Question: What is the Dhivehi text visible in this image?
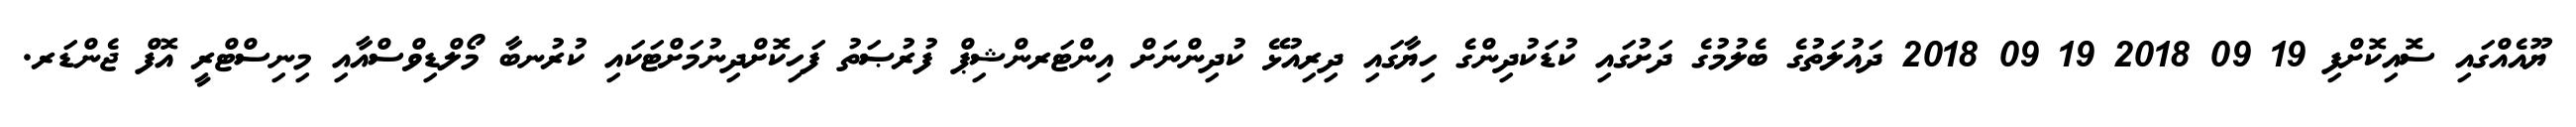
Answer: ޔޫއެއްގައި ސޮއިކޮށްފި 19 09 2018 19 09 2018 ދައުލަތުގެ ބެލުމުގެ ދަށުގައި ކުޑަކުދިންގެ ހިޔާގައި ދިރިއުޅޭ ކުދިންނަށް އިންޓަރންޝިޕް ފުރުޞަތު ފަހިކޮށްދިނުމަށްޓަކައި ކުރުނބާ މޯލްޑިވްސްއާއި މިނިސްޓްރީ އޮފް ޖެންޑަރ.